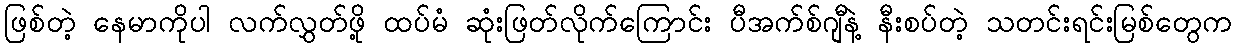
ဖြစ်တဲ့ နေမာကိုပါ လက်လွှတ်ဖို့ ထပ်မံ ဆုံးဖြတ်လိုက်ကြောင်း ပီအက်စ်ဂျီနဲ့ နီးစပ်တဲ့ သတင်းရင်းမြစ်တွေက